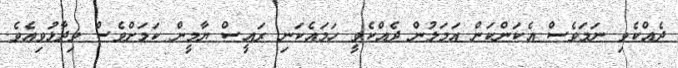
ދެއްކެވި ނަމަވެސް އެކަންކަން އަމަލުން ދެއްކެވީ ހަމައެކަނި ރައީސް ޔާމީން ކަމަށްވެސް ވިދާޅުވިއެވެ.